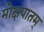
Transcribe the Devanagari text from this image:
मोक्षपातम्